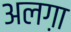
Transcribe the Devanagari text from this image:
अलग़ा